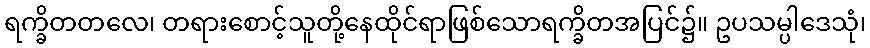
ရက္ခိတတလေ၊ တရားစောင့်သူတို့နေထိုင်ရာဖြစ်သောရက္ခိတအပြင်၌။ ဥပသမ္ပါဒေသုံ၊